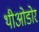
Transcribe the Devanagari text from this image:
थीओडोर